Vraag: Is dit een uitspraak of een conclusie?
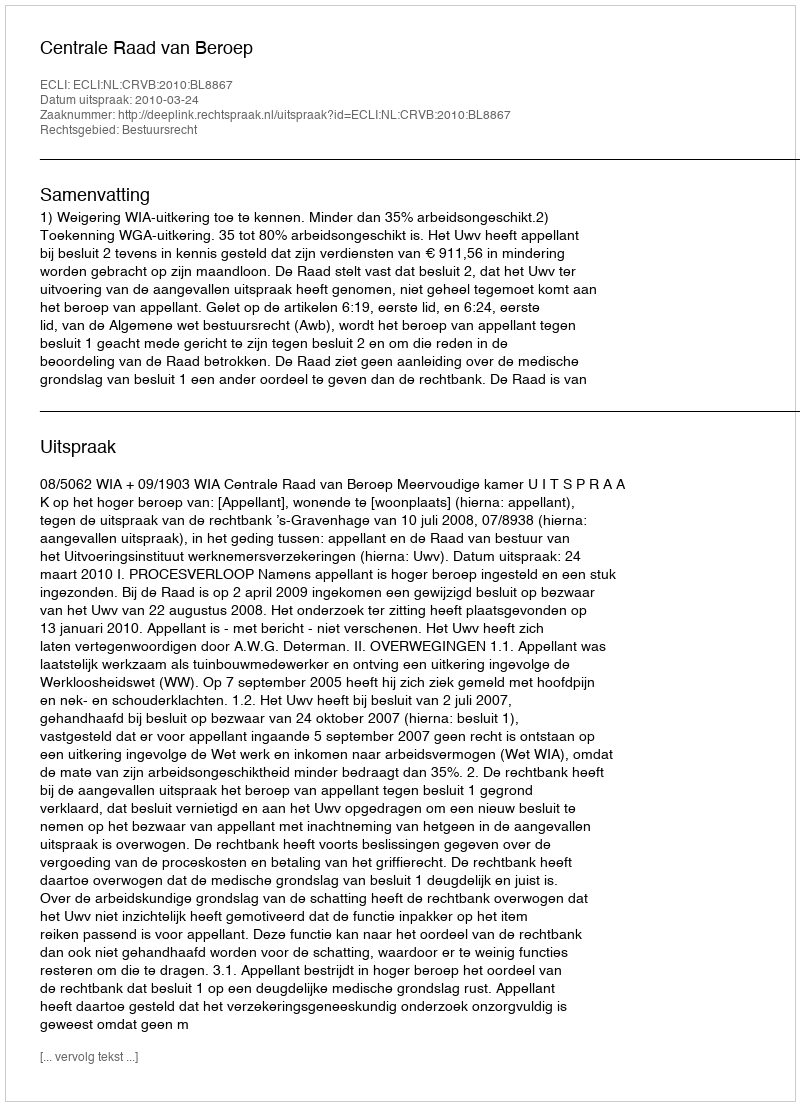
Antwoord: Uitspraak